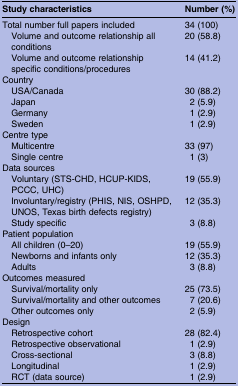
<table><thead><tr><td><b>Study characteristics</b></td><td><b>Number (%)</b></td></tr></thead><tbody><tr><td>Total number full papers included</td><td>34 (100)</td></tr><tr><td> Volume and outcome relationship all conditions</td><td>20 (58.8)</td></tr><tr><td> Volume and outcome relationship specific conditions/procedures</td><td>14 (41.2)</td></tr><tr><td colspan="2">Country</td></tr><tr><td> USA/Canada</td><td>30 (88.2)</td></tr><tr><td> Japan</td><td>2 (5.9)</td></tr><tr><td> Germany</td><td>1 (2.9)</td></tr><tr><td> Sweden</td><td>1 (2.9)</td></tr><tr><td colspan="2">Centre type</td></tr><tr><td> Multicentre</td><td>33 (97)</td></tr><tr><td> Single centre</td><td>1 (3)</td></tr><tr><td colspan="2">Data sources</td></tr><tr><td> Voluntary (STS-CHD, HCUP-KIDS, PCCC, UHC)</td><td>19 (55.9)</td></tr><tr><td> Involuntary/registry (PHIS, NIS, OSHPD, UNOS, Texas birth defects registry)</td><td>12 (35.3)</td></tr><tr><td> Study specific</td><td>3 (8.8)</td></tr><tr><td colspan="2">Patient population</td></tr><tr><td> All children (0–20)</td><td>19 (55.9)</td></tr><tr><td> Newborns and infants only</td><td>12 (35.3)</td></tr><tr><td> Adults</td><td>3 (8.8)</td></tr><tr><td colspan="2">Outcomes measured</td></tr><tr><td> Survival/mortality only</td><td>25 (73.5)</td></tr><tr><td> Survival/mortality and other outcomes</td><td>7 (20.6)</td></tr><tr><td> Other outcomes only</td><td>2 (5.9)</td></tr><tr><td colspan="2">Design</td></tr><tr><td> Retrospective cohort</td><td>28 (82.4)</td></tr><tr><td> Retrospective observational</td><td>1 (2.9)</td></tr><tr><td> Cross-sectional</td><td>3 (8.8)</td></tr><tr><td> Longitudinal</td><td>1 (2.9)</td></tr><tr><td> RCT (data source)</td><td>1 (2.9)</td></tr></tbody></table>